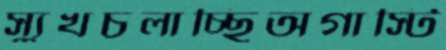
স্যুখচলাচ্ছিঅগাস্টি